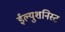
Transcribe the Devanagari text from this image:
ईल्युशनिस्ट